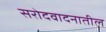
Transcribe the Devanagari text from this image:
सरोदवादनातील